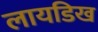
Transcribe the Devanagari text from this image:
लायडिख